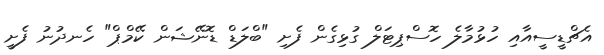
އެޗްޑީސީއާއި ހުޅުމާލެ ހޮސްޕިޓަލް ގުޅިގެން ފެށި "ބްލަޑް ޑޮނޭޝަން ކޭމްޕް" ހެނދުނު ފެށީ